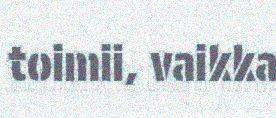
toimii, vaikka